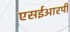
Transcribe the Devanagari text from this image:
एसईआरपी